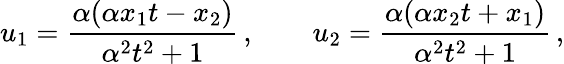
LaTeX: u_{1}=\frac{\alpha(\alpha{x_{1}}t-{x_{2}})}{\alpha^{2}t^{2}+1}\, ,\qquad u_{2}=\frac{\alpha(\alpha{x_{2}}t+{x_{1}})}{\alpha^{2}t^{2}+1}\, ,